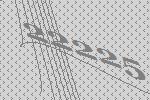
22225